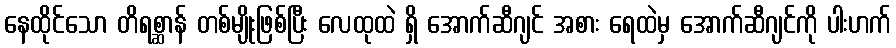
နေထိုင်သော တိရစ္ဆာန် တစ်မျိုးဖြစ်ပြီး လေထုထဲ ရှိ အောက်ဆီဂျင် အစား ရေထဲမှ အောက်ဆီဂျင်ကို ပါးဟက်